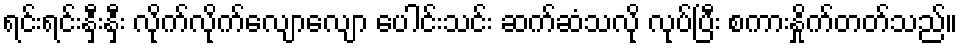
ရင်းရင်းနှီးနှီး လိုက်လိုက်လျောလျော ပေါင်းသင်း ဆက်ဆံသလို လုပ်ပြီး စကားနှိုက်တတ်သည်။